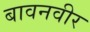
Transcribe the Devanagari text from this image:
बावनवीर